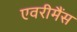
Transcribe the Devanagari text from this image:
एवरीमैंस